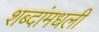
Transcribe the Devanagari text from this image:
शब्दांमधली